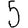
Digit: 5